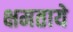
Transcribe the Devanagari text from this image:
क्षमताये